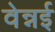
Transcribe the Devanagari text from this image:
वेन्नई